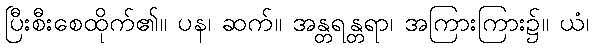
ပြီးစီးစေထိုက်၏။ ပန၊ ဆက်။ အန္တရန္တရာ၊ အကြားကြား၌။ ယံ၊